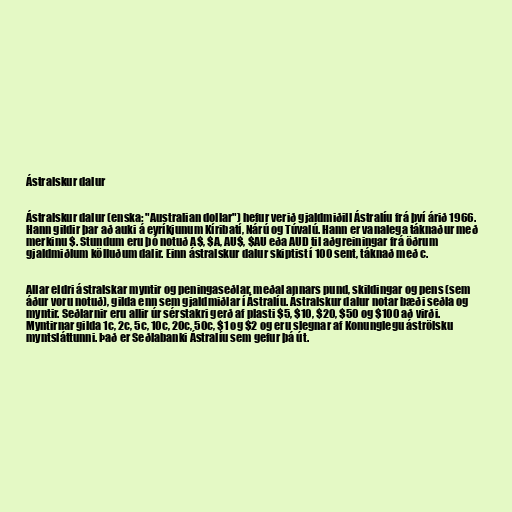
Ástralskur dalur

Ástralskur dalur (enska: "Australian dollar") hefur verið gjaldmiðill Ástralíu frá því árið 1966.
Hann gildir þar að auki á eyríkjunum Kíribatí, Nárú og Túvalú. Hann er vanalega táknaður með
merkinu $. Stundum eru þó notuð A$, $A, AU$, $AU eða AUD til aðgreiningar frá öðrum
gjaldmiðlum kölluðum dalir. Einn ástralskur dalur skiptist í 100 sent, táknað með c.

Allar eldri ástralskar myntir og peningaseðlar, meðal annars pund, skildingar og pens (sem
áður voru notuð), gilda enn sem gjaldmiðlar í Ástralíu. Ástralskur dalur notar bæði seðla og
myntir. Seðlarnir eru allir úr sérstakri gerð af plasti $5, $10, $20, $50 og $100 að virði.
Myntirnar gilda 1c, 2c, 5c, 10c, 20c, 50c, $1 og $2 og eru slegnar af Konunglegu áströlsku
myntsláttunni. Það er Seðlabanki Ástralíu sem gefur þá út.